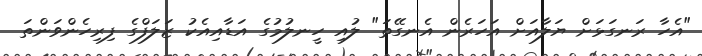
"އެހާ ރަނގަޅަށް ޔަލާއަށް އަހަރެން އެނގޭތަ" ލުއި ހީނލުމުގެ އަޑާއިއެކު ޒަލަފްގެ ފިރިހެންވަންތަ